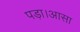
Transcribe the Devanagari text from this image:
पड़ा।आसा